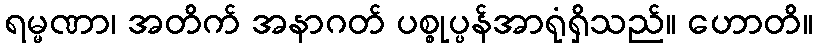
ရမ္မဏာ၊ အတိက် အနာဂတ် ပစ္စုပ္ပန်အာရုံရှိသည်။ ဟောတိ။